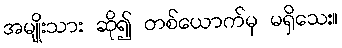
အမျိုးသား ဆို၍ တစ်ယောက်မှ မရှိသေး။